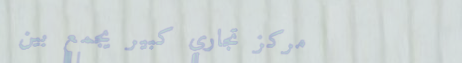
مركز تجاري كبير يجمع بين